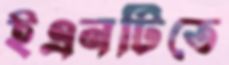
ইএনটিতে